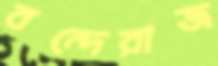
বন্দেরাজ